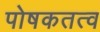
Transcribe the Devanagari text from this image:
पोषकतत्व